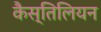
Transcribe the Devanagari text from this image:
कैस्तिलियन